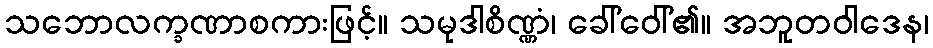
သဘောလက္ခဏာစကားဖြင့်။ သမုဒါစိဏ္ဏံ၊ ခေါ်ဝေါ်၏။ အဘူတဝါဒေန၊